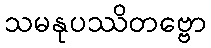
သမနုပဿိတဗ္ဗော